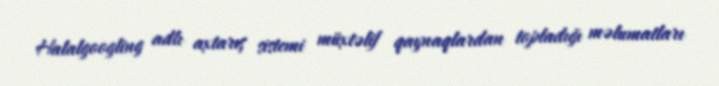
Halalgoogling adlı axtarış sistemi müxtəlif qaynaqlardan topladığı məlumatları